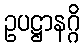
ဥပဋ္ဌာနဂ္ဂိ